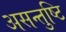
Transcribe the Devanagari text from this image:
असन्तुष्टि